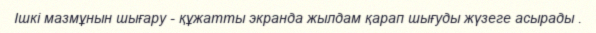
Ішкі мазмұнын шығару - құжатты экранда жылдам қарап шығуды жүзеге асырады .